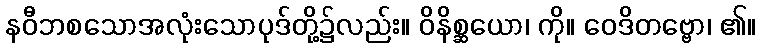
နဝီဘစသောအလုံးသောပုဒ်တို့၌လည်း။ ဝိနိစ္ဆယော၊ ကို။ ဝေဒိတဗ္ဗော၊ ၏။